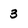
Character: 3